Insane asylums in Bengal annual reports 1867-1875 - 1867-1875
Year: 1867
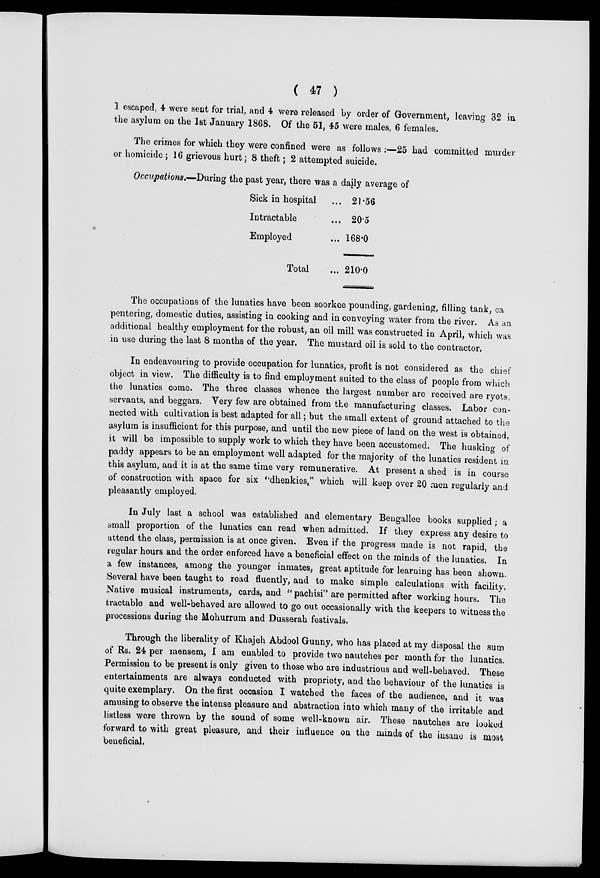
( 47 )
1 escaped, 4 were sent for trial, and 4 were released by order of Government, leaving 32 in
the asylum on the 1st January 1868. Of the 51, 45 were males, 6 females.
The crimes for which they were confined were as follows :—25 had committed murder
or homicide; 16 grievous hurt; 8 theft; 2 attempted suicide.
Occupations.—During the past year, there was a daily average of
Sick in hospital ...
Intractable ...
Employed ...
Total ...
21.56
20.5
168.0
210.0
The occupations of the lunatics have been soorkee pounding, gardening, filling tank, ca
pentering, domestic duties, assisting in cooking and in conveying water from the river. As an
additional healthy employment for the robust, an oil mill was constructed in April, which was
in use during the last 8 months of the year. The mustard oil is sold to the contractor.
In endeavouring to provide occupation for lunatics, profit is not considered as the chief
object in view. The difficulty is to find employment suited to the class of people from which
the lunatics come. The three classes whence the largest number are received are ryots,
servants, and beggars. Very few are obtained from the manufacturing classes. Labor con-
nected with cultivation is best adapted for all; but the small extent of ground attached to the
asylum is insufficient for this purpose, and until the new piece of land on the west is obtained,
it will be impossible to supply work to which they have been accustomed. The husking of
paddy appears to be an employment well adapted for the majority of the lunatics resident in
this asylum, and it is at the same time very remunerative. At present a shed is in course
of construction with space for six "dhenkies," which will keep over 20 men regularly and
pleasantly employed.
In July last a school was established and elementary Bengallee books supplied; a
small proportion of the lunatics can read when admitted. If they express any desire to
attend the class, permission is at once given. Even if the progress made is not rapid, the
regular hours and the order enforced have a beneficial effect on the minds of the lunatics. In
a few instances, among the younger inmates, great aptitude for learning has been shown.
Several have been taught to read fluently, and to make simple calculations with facility.
Native musical instruments, cards, and "pachisi" are permitted after working hours. The
tractable and well-behaved are allowed to go out occasionally with the keepers to witness the
processions during the Mohurrum and Dusserah festivals.
Through the liberality of Khajeh Abdool Gunny, who has placed at my disposal the sum
of Rs. 24 per mensem, I am enabled to provide two nautches per month for the lunatics.
Permission to be present is only given to those who are industrious and well-behaved. These
entertainments are always conducted with propriety, and the behaviour of the lunatics is
quite exemplary. On the first occasion I watched the faces of the audience, and it was
amusing to observe the intense pleasure and abstraction into which many of the irritable and
listless were thrown by the sound of some well-known air. These nautches are looked
forward to with great pleasure, and their influence on the minds of the insane is most
beneficial,